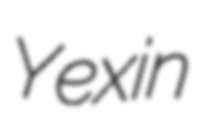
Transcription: Yexin